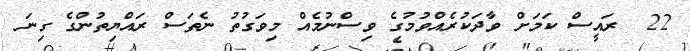
22  ރައީސް ކަމަށް ވާދަކުރެއްވުމުގެ ވިސްނުމެއް މިވަގުތު ނެތަސް ރައްޔިތުންގެ ގިނަ